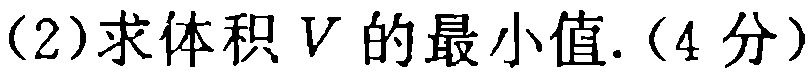
(2)求体积 \(V\) 的最小值.（4 分）